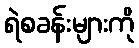
ရဲစခန်းများကို